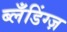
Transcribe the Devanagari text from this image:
ब्लँडिंग्ज़